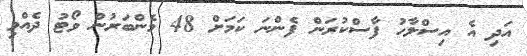
އަދި އެ އިސްލާހު ފާސްކުރަން ފެންނަ ކަމަށް 48 މެންބަރުން ވޯޓު ދެއްވި